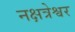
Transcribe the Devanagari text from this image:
नक्षत्रेश्वर